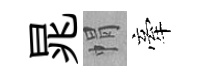
晁㡌牽